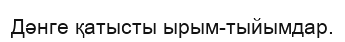
Дәнге қатысты ырым-тыйымдар.